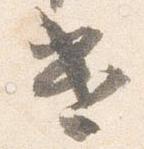
遣